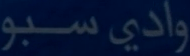
وادي سبّو